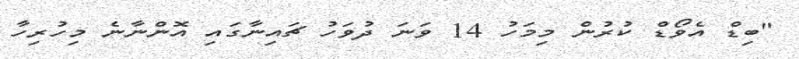
"ބިޑް އެވޯޑް ކުރުން މިމަހު 14 ވަނަ ދުވަހު ޗައިނާގައި އޮންނާނެ މިހުރިހާ